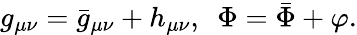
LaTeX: g_{\mu\nu}={\bar{g}}_{\mu\nu}+h_{\mu\nu},~~\Phi=\bar{\Phi}+\varphi.